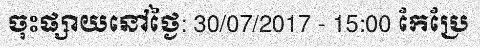
ចុះផ្សាយនៅថ្ងៃ: 30/07/2017 - 15:00 កែប្រែ